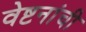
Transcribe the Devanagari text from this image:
वेष्टनांची